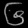
Digit: ၆